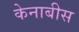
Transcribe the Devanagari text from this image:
केनाबीस